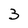
Character: 3